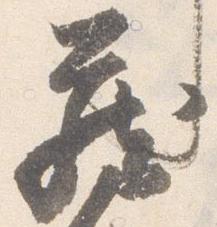
蔵